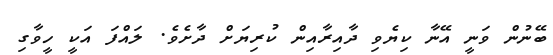
ބޭނުން ވަނީ އޭނާ ކިޔެވި ދާއިރާއިން ކުރިޔަށް ދާށެވެ. ލައްފަ އަކީ ހީވާގި